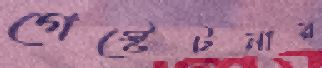
গেস্টেটনার